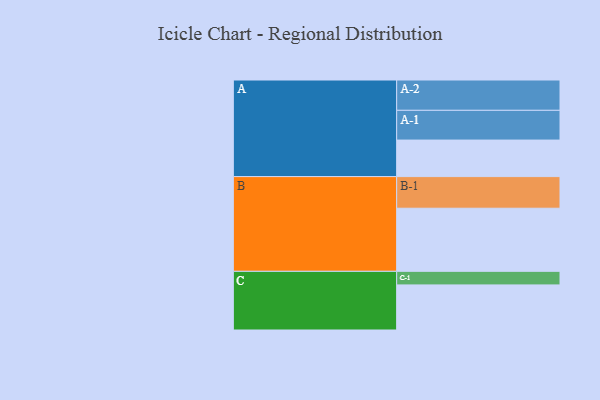
{"axis": {"x": "Segment", "y": "Value"}, "legend": ["", "A", "B", "C"], "data": [{"x": "A", "y": 312, "type": ""}, {"x": "B", "y": 539, "type": ""}, {"x": "C", "y": 385, "type": ""}, {"x": "A-1", "y": 254, "type": "A"}, {"x": "A-2", "y": 259, "type": "A"}, {"x": "B-1", "y": 270, "type": "B"}, {"x": "C-1", "y": 116, "type": "C"}]}